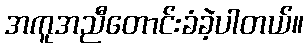
အကူအညီတောင်းခံခဲ့ပါတယ်။